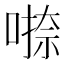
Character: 𭊁